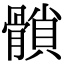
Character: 𩪈